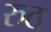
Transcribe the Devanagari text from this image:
रुठ